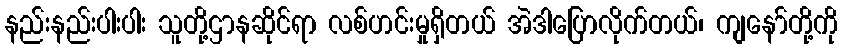
နည်းနည်းပါးပါး သူတို့ဌာနဆိုင်ရာ လစ်ဟင်းမှုရှိတယ် အဲဒါပြောလိုက်တယ်၊ ကျနော်တို့ကို